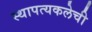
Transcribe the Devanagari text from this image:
स्थापत्यकलेची